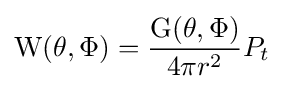
\mathrm {W} (\theta ,\Phi )={\frac {\mathrm {G} (\theta ,\Phi )}{4\pi r^{2}}}P_{t}